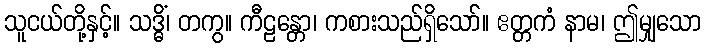
သူငယ်တို့နှင့်။ သဒ္ဓိံ၊ တကွ။ ကီဠန္တော၊ ကစားသည်ရှိသော်။ ဧတ္တကံ နာမ၊ ဤမျှသော